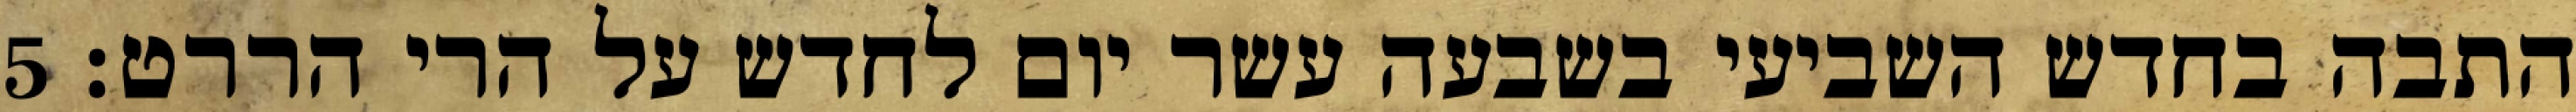
התבה בחדש השביעי בשבעה עשר יום לחדש על הרי הררט׃ ‎5‏